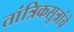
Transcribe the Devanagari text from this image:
तांत्रिकसूत्रांचे